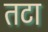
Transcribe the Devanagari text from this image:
तटा